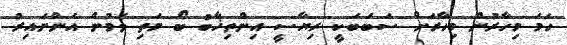
ހަމަ މިހާރުން މިހާރަށް ސަބަބަކީ ރިޔާސީ އިންތިޚާބު ބޯ މަތި ވަމުން އަންނައިރު